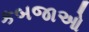
કબજાઓ